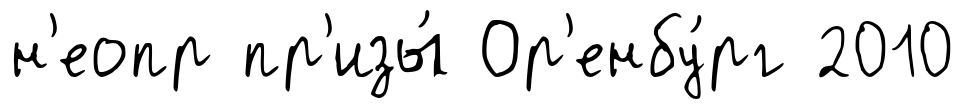
н'еопр пр'изы́ Ор'енбу́рг 2010